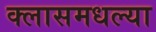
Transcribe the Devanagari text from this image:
क्लासमधल्या